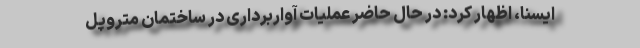
ایسنا، اظهار کرد: در حال حاضر عملیات آواربرداری در ساختمان متروپل